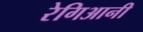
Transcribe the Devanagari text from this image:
रेगिआनी